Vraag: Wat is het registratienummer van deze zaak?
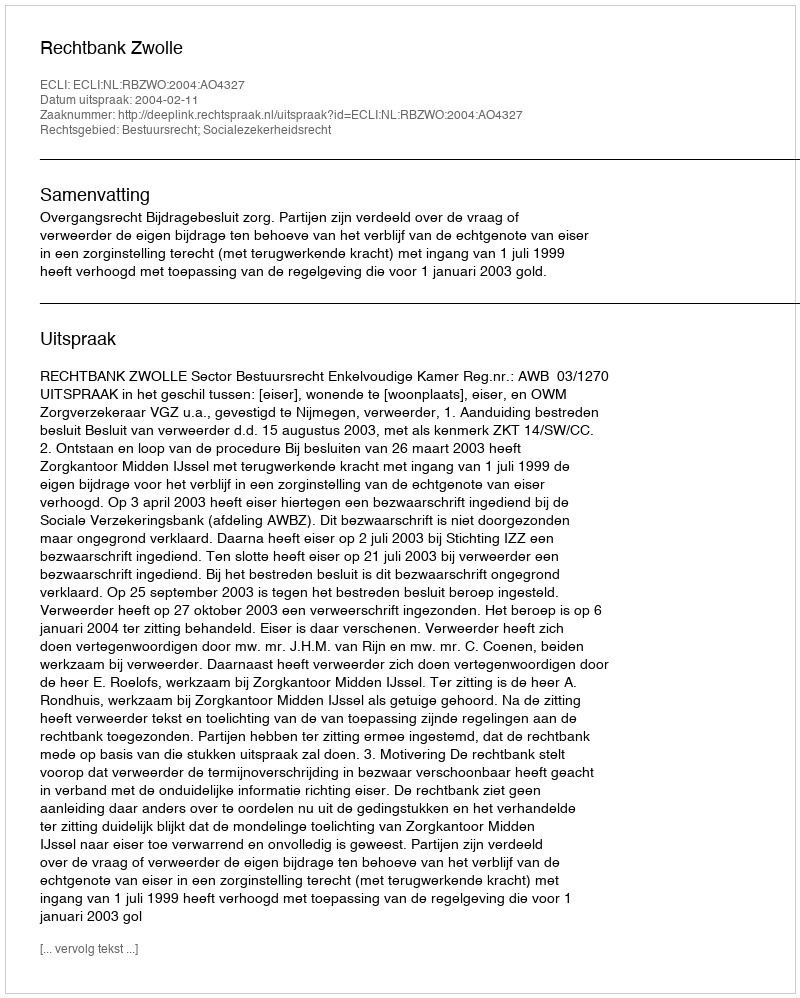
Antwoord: http://deeplink.rechtspraak.nl/uitspraak?id=ECLI:NL:RBZWO:2004:AO4327